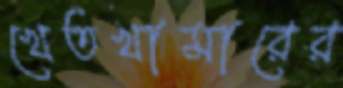
খেতখামারের